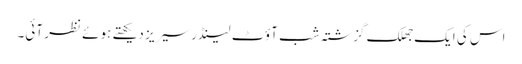
اس کی ایک جھلک گزشتہ شب آؤٹ لینڈر سیریز دیکھتے ہوئے نظر آئی۔